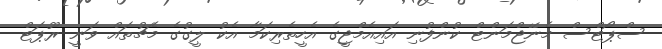
ސްޕޯޓްސް މެނޭޖްމަންޓް ކުންފުނި އައިއެމްޖީގެ އެހީތެރިކަމާ އެކު ލީގުގެ މެޗުތައް ވަނީ ރޫޕަޓް